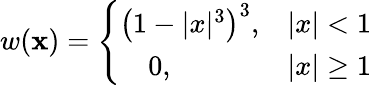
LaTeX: w(\mathbf{x})=\left\{ \begin{array}{ll}{\left(1-|x|^{3}\right)^{3},}&{|x|<1}\\ {~~~~0,}&{|x|\ge 1}\end{array}\right.